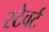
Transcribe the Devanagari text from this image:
स्टेवर्ट